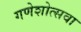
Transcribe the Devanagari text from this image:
गणेशोत्सवा